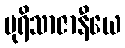
ပုရိသာဇာနီယေ